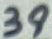
Text: 38